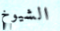
الشيوخ